Civil Veterinary Department Bihar & Orissa reports 1922-29 - 1922-1929
Year: 1922
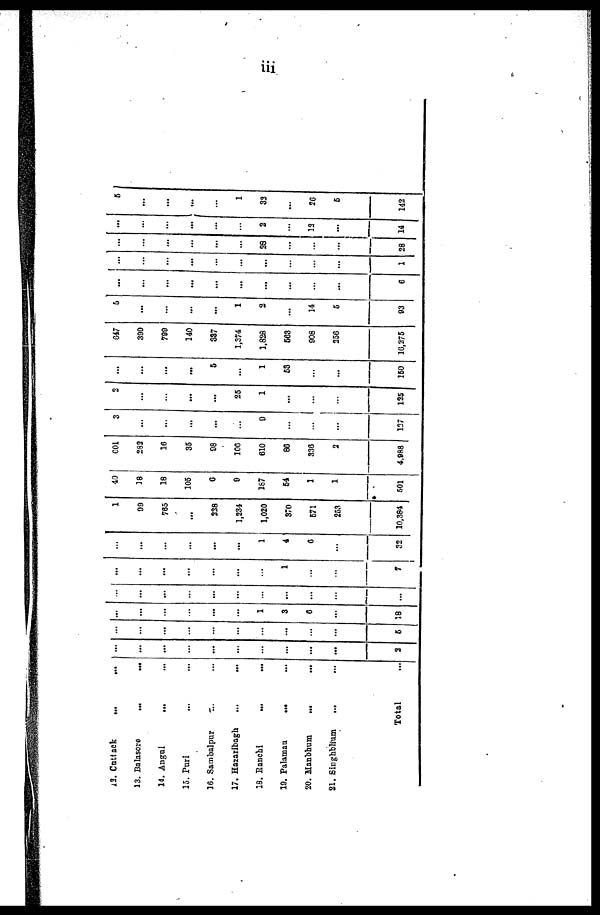
iii
13. Cuttaek
...
13. Balasore
...
...
14. Angul
...
15. Pari
16. Sambalpur
17. Hazaribagh
18. Ranchi
19. Palamaa
20. Manbhum
...
21. Singhbhum
Total
...
...
...
...
2
...
...
...
...
5
...
...
...
1
3
5
18
...
...
...
...
1
7
...
...
...
1
4
6
32
1
99
785
...
228
1,234
1,020
370
571
253
10.384
40
18
18
105
6
9
187
54
1
1
501
601
283
16
35
98
106
610
86
336
2
4,988
3
...
...
9
...
137
2
...
...
25
1
...
135
...
...
...
5
1
53
...
160
(547
390
780
140
337
1,374
1,828
563
908
256
16,275
5
...
...
1
2
14
5
93
...
...
...
...
...
...
...
6
...
1
...
...
23
...
...
2
... 12
28 14
...
-
1
33
...
26
5
142